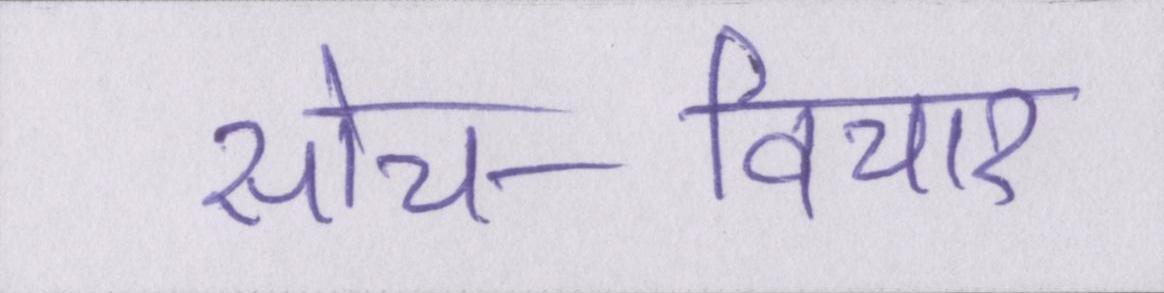
सोच-विचार